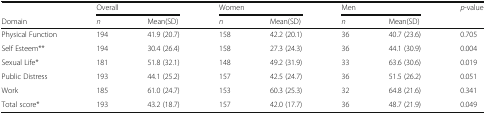
<table><thead><tr><td></td><td colspan="2"><b>Overall</b></td><td colspan="2"><b>Women</b></td><td colspan="2"><b>Men</b></td><td><b><i>p</i>-value</b></td></tr><tr><td><b>Domain</b></td><td><b><i>n</i></b></td><td><b>Mean(SD)</b></td><td><b><i>n</i></b></td><td><b>Mean(SD)</b></td><td><b><i>n</i></b></td><td><b>Mean(SD)</b></td><td></td></tr></thead><tbody><tr><td>Physical Function</td><td>194</td><td>41.9 (20.7)</td><td>158</td><td>42.2 (20.1)</td><td>36</td><td>40.7 (23.6)</td><td>0.705</td></tr><tr><td>Self Esteem**</td><td>194</td><td>30.4 (26.4)</td><td>158</td><td>27.3 (24.3)</td><td>36</td><td>44.1 (30.9)</td><td>0.004</td></tr><tr><td>Sexual Life*</td><td>181</td><td>51.8 (32.1)</td><td>148</td><td>49.2 (31.9)</td><td>33</td><td>63.6 (30.6)</td><td>0.019</td></tr><tr><td>Public Distress</td><td>193</td><td>44.1 (25.2)</td><td>157</td><td>42.5 (24.7)</td><td>36</td><td>51.5 (26.2)</td><td>0.051</td></tr><tr><td>Work</td><td>185</td><td>61.0 (24.7)</td><td>153</td><td>60.3 (25.3)</td><td>32</td><td>64.8 (21.6)</td><td>0.341</td></tr><tr><td>Total score*</td><td>193</td><td>43.2 (18.7)</td><td>157</td><td>42.0 (17.7)</td><td>36</td><td>48.7 (21.9)</td><td>0.049</td></tr></tbody></table>